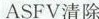
ASFV清除